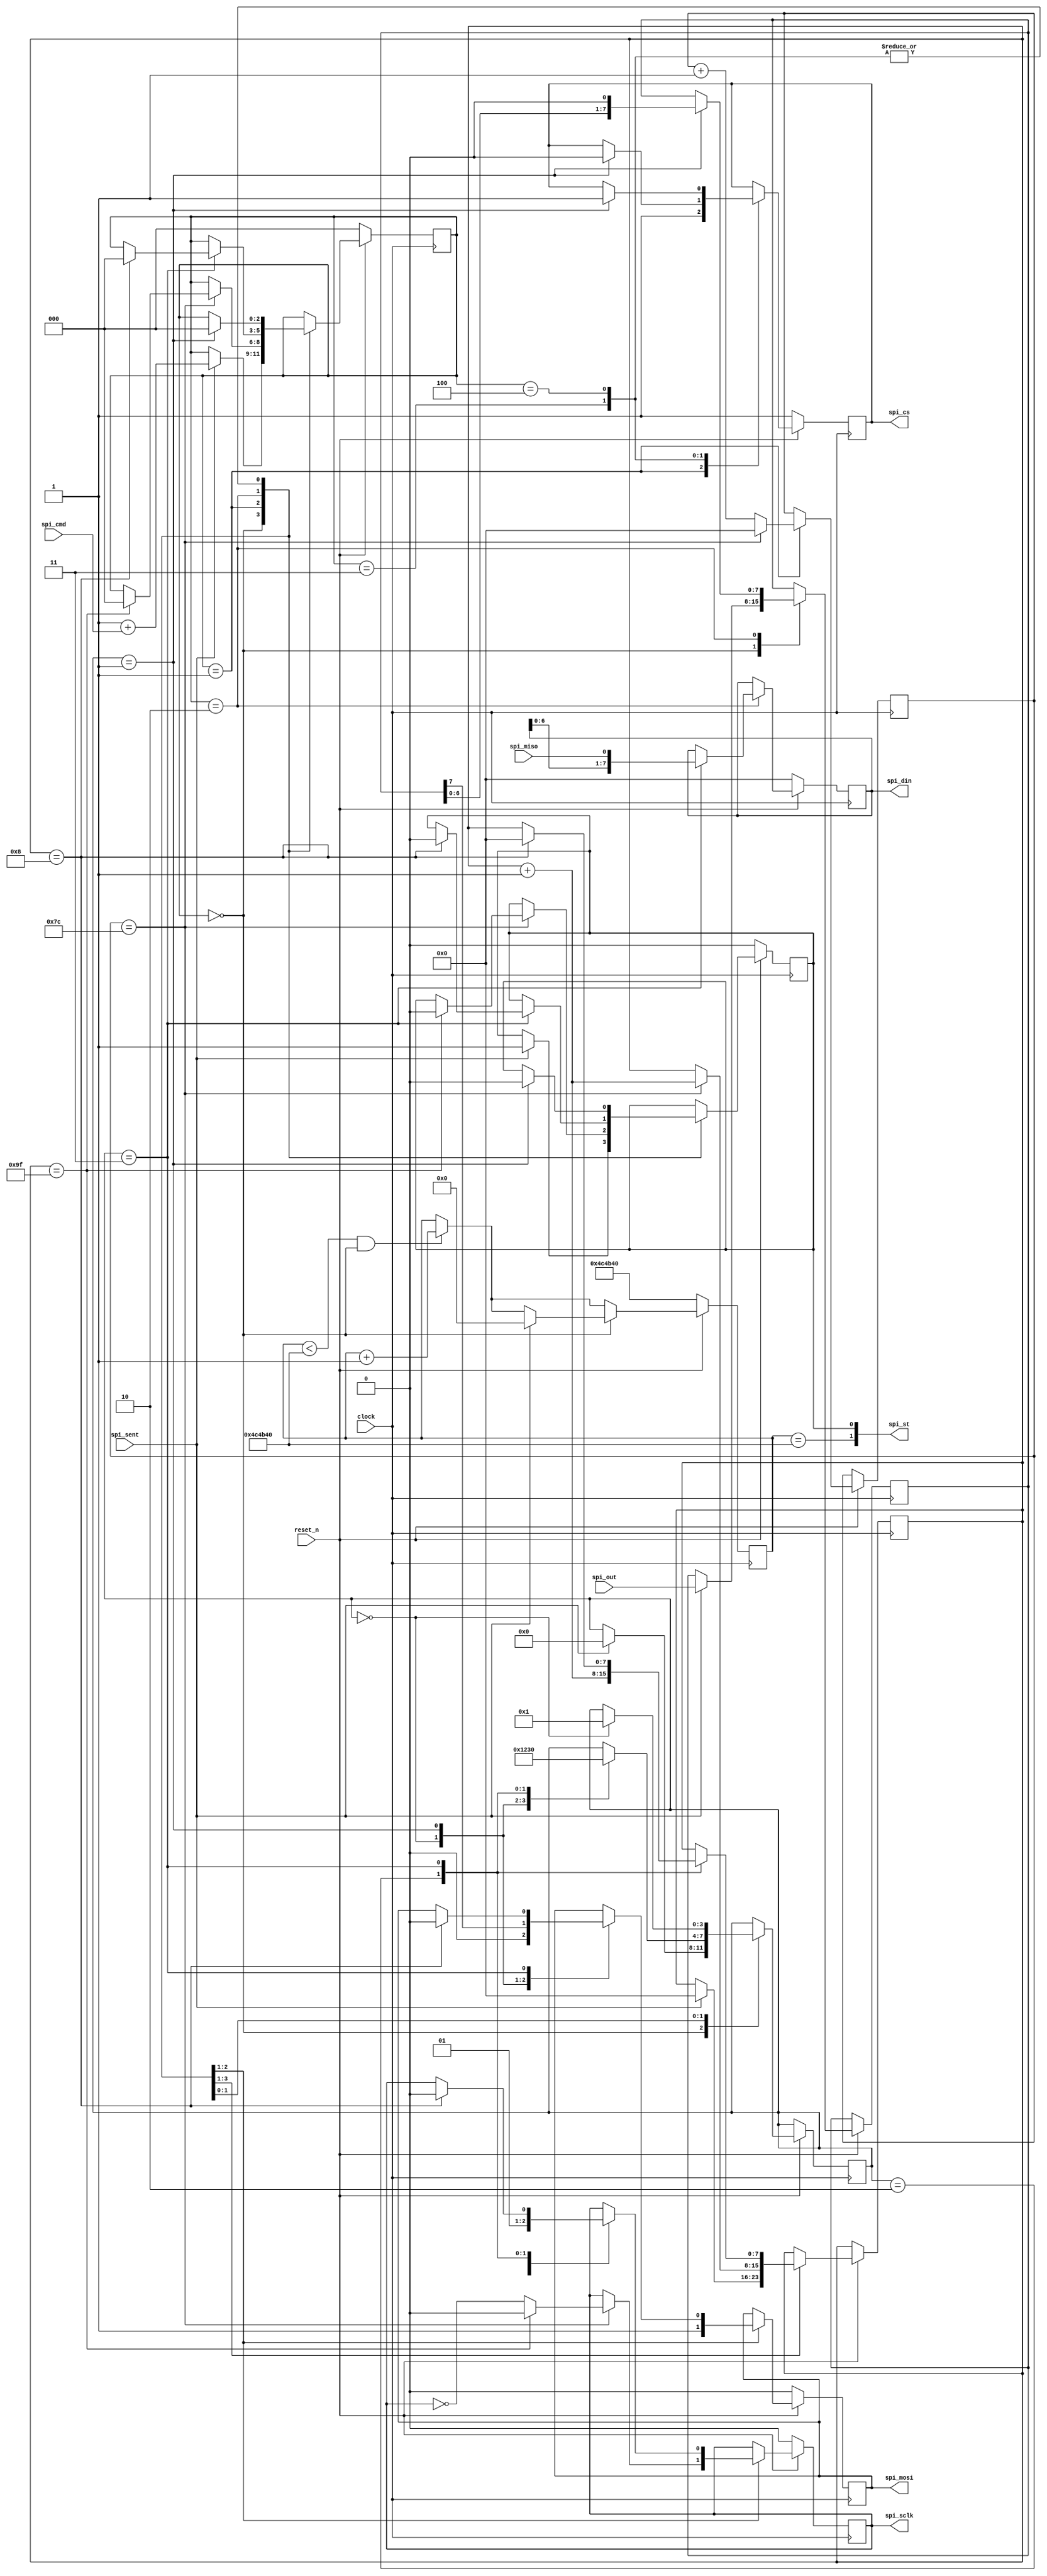
module sdcard
(
    // 25 Mhz
    input               clock,
    input               reset_n,

    // SPI
    output reg          spi_cs,
    output reg          spi_sclk,
    input               spi_miso,
    output reg          spi_mosi,

    // Интерфейс
    input               spi_sent,    // =1 Сообщение отослано на spi
    input       [ 1:0]  spi_cmd,     // Команда
    output reg  [ 7:0]  spi_din,     // Принятое сообщение
    input       [ 7:0]  spi_out,     // Сообщение на отправку
    output      [ 1:0]  spi_st       // bit 1: timeout (1); bit 0: busy
);

localparam SPI_TIMEOUT_CNT = 5000000;

initial begin

    spi_cs   = 1'b1;
    spi_sclk = 1'b0;
    spi_mosi = 1'b0;
    spi_din  = 8'h00;

end

// ---------------------------------------------------------------------
// SPI SdCard
// ---------------------------------------------------------------------

// Сигнал о том, занято ли устройство
assign      spi_st      = {spi_timeout == SPI_TIMEOUT_CNT, spi_busy};
reg         spi_busy    = 1'b0;

reg  [2:0]  spi_process = 0;
reg  [3:0]  spi_cycle   = 0;
reg  [7:0]  spi_data_w  = 0;

// INIT SPI MODE
reg  [7:0]  spi_counter   = 1'b0;
reg  [7:0]  spi_slow_tick = 1'b0;
reg  [24:0] spi_timeout   = SPI_TIMEOUT_CNT;

always @(posedge clock)
if (reset_n == 1'b0) begin

    spi_cs      <= 1'b1;
    spi_sclk    <= 1'b0;
    spi_mosi    <= 1'b0;
    spi_din     <= 8'h00;
    spi_process <= 1'b0;
    spi_busy    <= 1'b0;
    spi_timeout <= SPI_TIMEOUT_CNT;

end
else begin

    // Счетчик таймаута
    if (spi_timeout < SPI_TIMEOUT_CNT && spi_process == 1'b0)
        spi_timeout <= spi_timeout + 1'b1;

    case (spi_process)

        // Инициировать процессинг
        0: if (spi_sent) begin

            spi_process <= 1'b1 + spi_cmd;
            spi_busy    <= 1'b1;
            spi_counter <= 1'b0;
            spi_cycle   <= 1'b0;
            spi_timeout <= 1'b0;
            spi_data_w  <= spi_out;

        end

        // Command-1: 80 тактов в slow-режиме
        1: begin

            spi_cs   <= 1'b1;
            spi_mosi <= 1'b1;

            // 125*200`000
            if (spi_slow_tick == (125 - 1)) begin

                spi_slow_tick <= 1'b0;
                spi_sclk      <= ~spi_sclk;
                spi_counter   <= spi_counter + 1;

                // 80 ticks
                if (spi_counter == (2*80 - 1)) begin

                    spi_process <= 1'b0;
                    spi_sclk    <= 1'b0;
                    spi_busy    <= 1'b0;

                end

            end
            // Оттикивание таймера
            else begin spi_slow_tick <= spi_slow_tick + 1'b1; end

        end

        // Command 1: Read/Write SPI
        2: case (spi_cycle)

            // CLK-DN
            0: begin spi_cycle <= 1; spi_sclk <= 1'b0; spi_mosi <= 1'b0;end
            1: begin spi_cycle <= 2; spi_mosi <= spi_data_w[7]; spi_data_w <= {spi_data_w[6:0], 1'b0}; end
            // CLK-UP
            2: begin spi_cycle <= 3; spi_sclk <= 1'b1; spi_counter <= spi_counter + 1'b1; end
            3: begin

                spi_cycle <= 1'b0;
                spi_din   <= {spi_din[6:0], spi_miso};

                if (spi_counter == 8) begin

                    spi_sclk    <= 1'b0;
                    spi_busy    <= 1'b0;
                    spi_counter <= 1'b0;
                    spi_process <= 1'b0;
                    spi_mosi    <= 1'b0;

                end
            end

        endcase

        // Переключиться за 2 такта, чтобы среагировал CPU
        3: case (spi_cycle)

            0: spi_cycle <= 1;
            1: begin spi_cs <= 1'b0; spi_process <= 0; spi_busy <= 0; end

        endcase

        4: case (spi_cycle)

            0: spi_cycle <= 1;
            1: begin spi_cs <= 1'b1; spi_process <= 0; spi_busy <= 0; end

        endcase

    endcase

end

endmodule